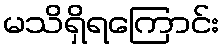
မသိရှိရကြောင်း